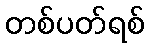
တစ်ပတ်ရစ်